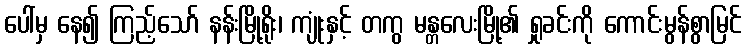
ပေါ်မှ နေ၍ ကြည့်သော် နန်းမြို့ရိုး၊ ကျုံးနှင့် တကွ မန္တလေးမြို့၏ ရှုခင်းကို ကောင်းမွန်စွာမြင်